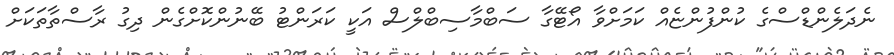
ނެދަލެންޑްސްގެ ކުންފުންޏެއް ކަމަށްވާ އޯޓޭގާ ސަބްމާސިބްލްސް އަކީ ކަރަންޓު ބޭނުންކޮށްގެން ދިގު ރާސްތާތަކަށް